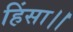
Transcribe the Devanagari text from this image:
हिंसा।।